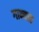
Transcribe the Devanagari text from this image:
गान्यात